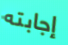
إجابته